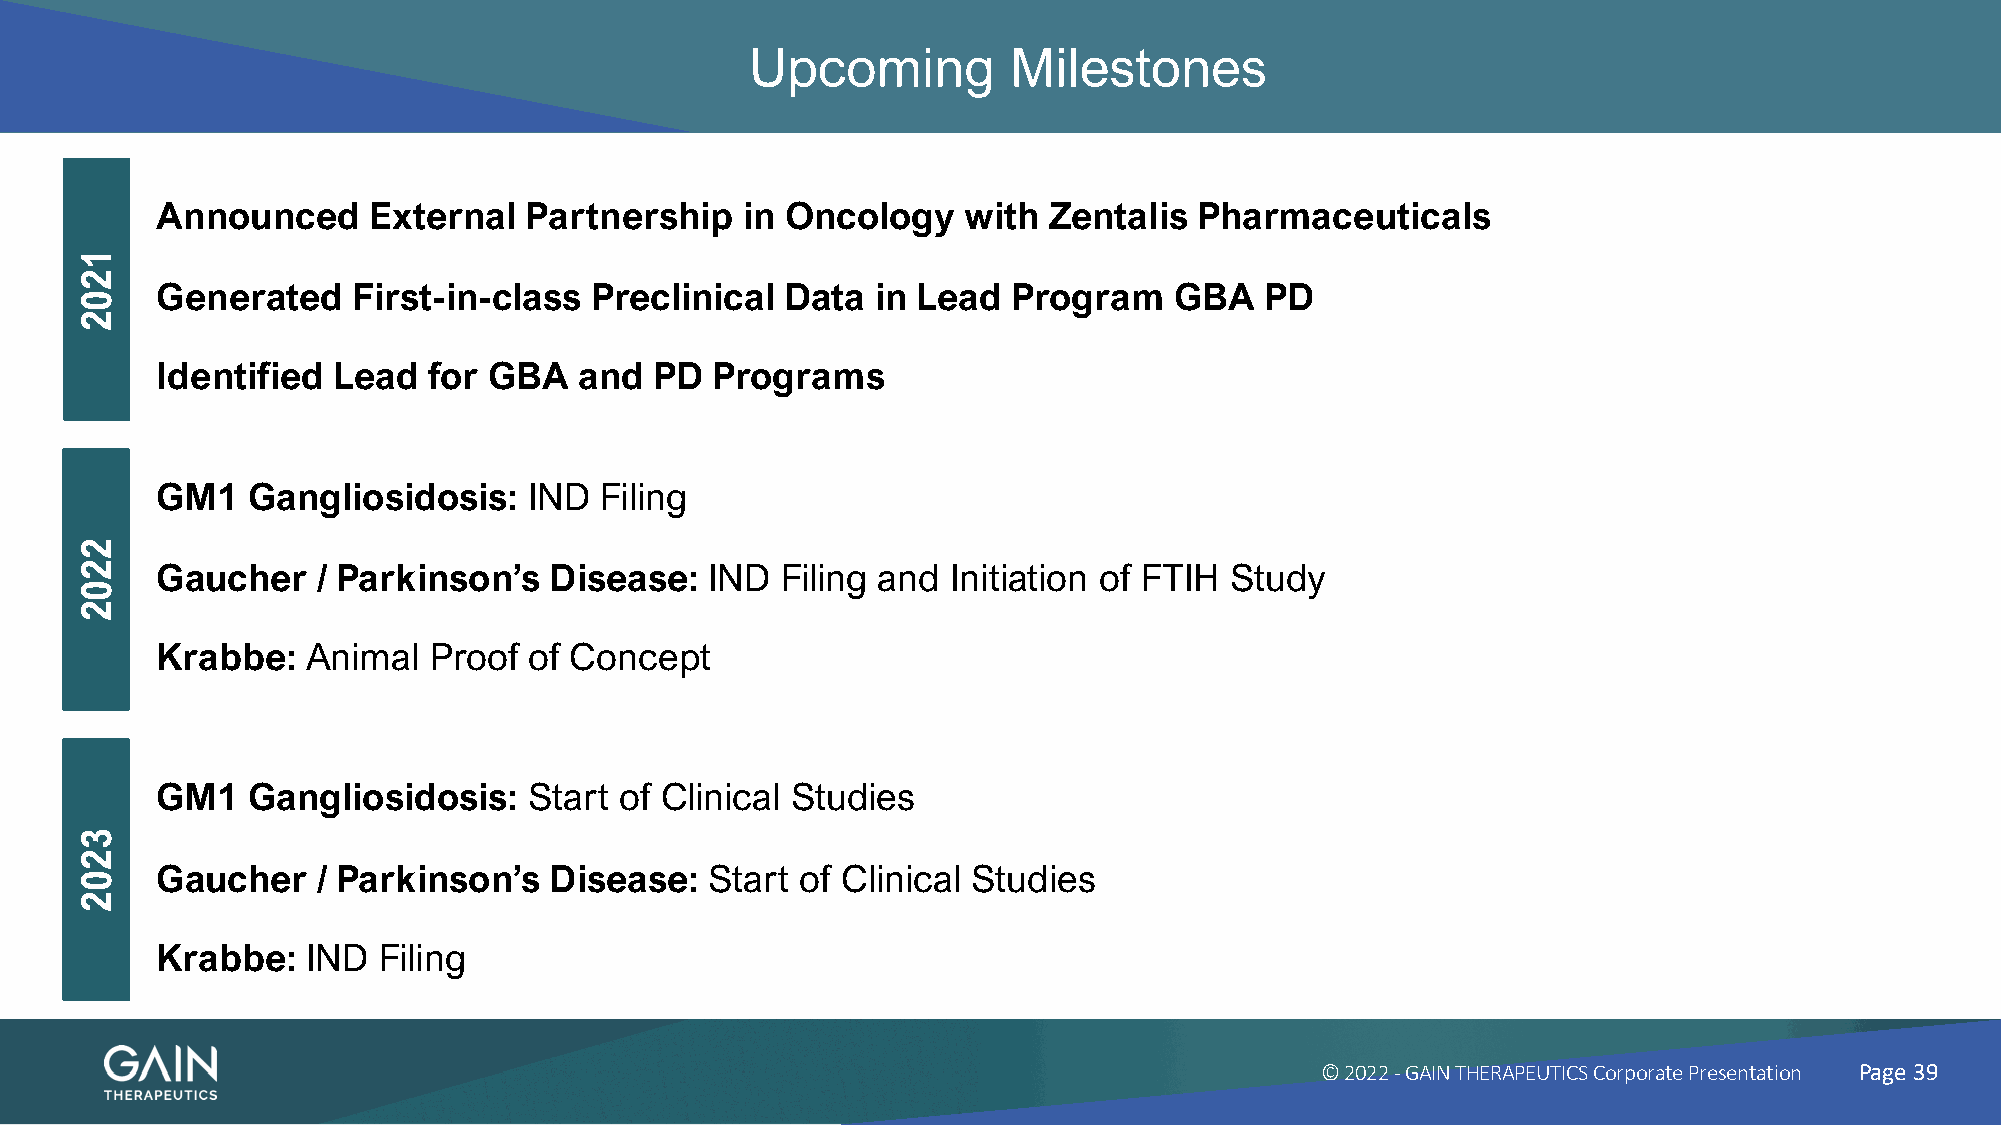
Upcoming         Milestones
 Announced     External   Partnership   in Oncology    with Zentalis  Pharmaceuticals
 Generated    First-in-class  Preclinical  Data  in Lead  Program    GBA   PD
 Identified  Lead  for GBA   and  PD  Programs
 GM1   Gangliosidosis:    IND  Filing
 Gaucher    / Parkinson’s  Disease:   IND  Filing and Initiation of FTIH Study
 Krabbe:   Animal  Proof  of Concept
 GM1   Gangliosidosis:    Start of Clinical Studies
 Gaucher    / Parkinson’s  Disease:   Start of Clinical Studies
 Krabbe:   IND  Filing
 © 2022 -GAIN THERAPEUTICS Corporate Presentation Page 39
 1202
 2202
 3202